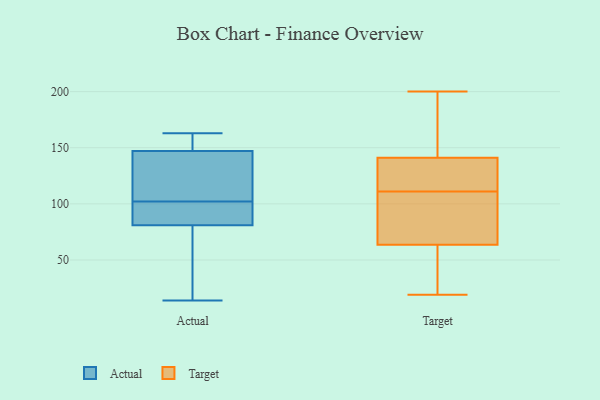
{"axis": {"x": "Website Visitors", "y": "Value"}, "legend": ["Actual", "Target"], "data": [{"x": "", "y": 95, "type": "Actual"}, {"x": "", "y": 163, "type": "Actual"}, {"x": "", "y": 81, "type": "Actual"}, {"x": "", "y": 119, "type": "Actual"}, {"x": "", "y": 14, "type": "Actual"}, {"x": "", "y": 109, "type": "Actual"}, {"x": "", "y": 73, "type": "Actual"}, {"x": "", "y": 147, "type": "Actual"}, {"x": "", "y": 94, "type": "Actual"}, {"x": "", "y": 148, "type": "Actual"}, {"x": "", "y": 142, "type": "Target"}, {"x": "", "y": 112, "type": "Target"}, {"x": "", "y": 195, "type": "Target"}, {"x": "", "y": 134, "type": "Target"}, {"x": "", "y": 27, "type": "Target"}, {"x": "", "y": 115, "type": "Target"}, {"x": "", "y": 138, "type": "Target"}, {"x": "", "y": 90, "type": "Target"}, {"x": "", "y": 111, "type": "Target"}, {"x": "", "y": 200, "type": "Target"}, {"x": "", "y": 106, "type": "Target"}, {"x": "", "y": 52, "type": "Target"}, {"x": "", "y": 63, "type": "Target"}, {"x": "", "y": 58, "type": "Target"}, {"x": "", "y": 19, "type": "Target"}, {"x": "", "y": 65, "type": "Target"}, {"x": "", "y": 88, "type": "Target"}, {"x": "", "y": 175, "type": "Target"}, {"x": "", "y": 176, "type": "Target"}]}